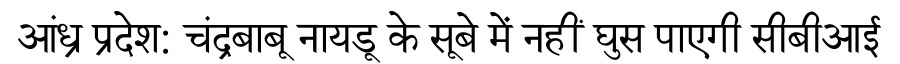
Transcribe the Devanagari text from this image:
आंध्र प्रदेश: चंद्रबाबू नायडू के सूबे में नहीं घुस पाएगी सीबीआई